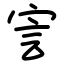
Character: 㝘